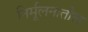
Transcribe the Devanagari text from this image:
निर्मूलनातील